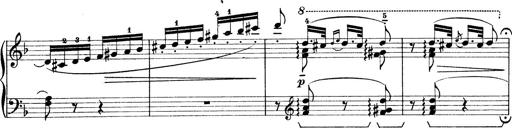
Title: Rapsodie: 19 ungheresi, 1 spagnuola
Composer: Franz Liszt